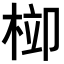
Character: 𣒂